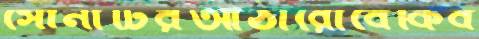
সোনাটিরআঠারোবেকিব